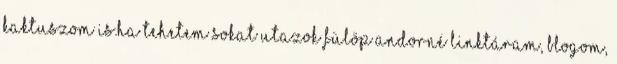
kaktuszom is.Ha tehetem sokat utazok Fülöp Andorné Linktáram, Blogom,